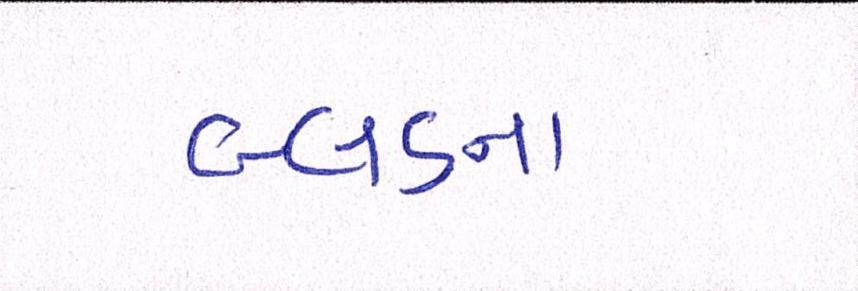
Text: બ્લડના